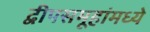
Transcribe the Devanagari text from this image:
द्वीपसमूहांमध्ये